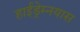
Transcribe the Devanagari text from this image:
हाईड्रेम्नयास